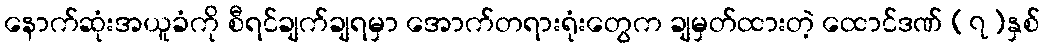
နောက်ဆုံးအယူခံကို စီရင်ချက်ချရမှာ အောက်တရားရုံးတွေက ချမှတ်ထားတဲ့ ထောင်ဒဏ် (၇)နှစ်